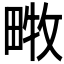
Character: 𤲧